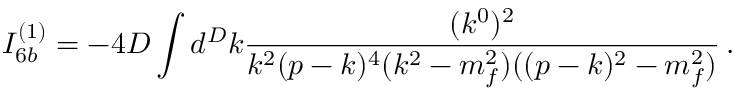
I _ { 6 b } ^ { ( 1 ) } = - 4 D \int d ^ { D } k \frac { ( k ^ { 0 } ) ^ { 2 } } { k ^ { 2 } ( p - k ) ^ { 4 } ( k ^ { 2 } - m _ { f } ^ { 2 } ) ( ( p - k ) ^ { 2 } - m _ { f } ^ { 2 } ) } \, .